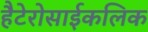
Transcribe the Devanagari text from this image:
हैटेरोसाईकलिक